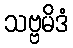
သဗ္ဗမိဒံ